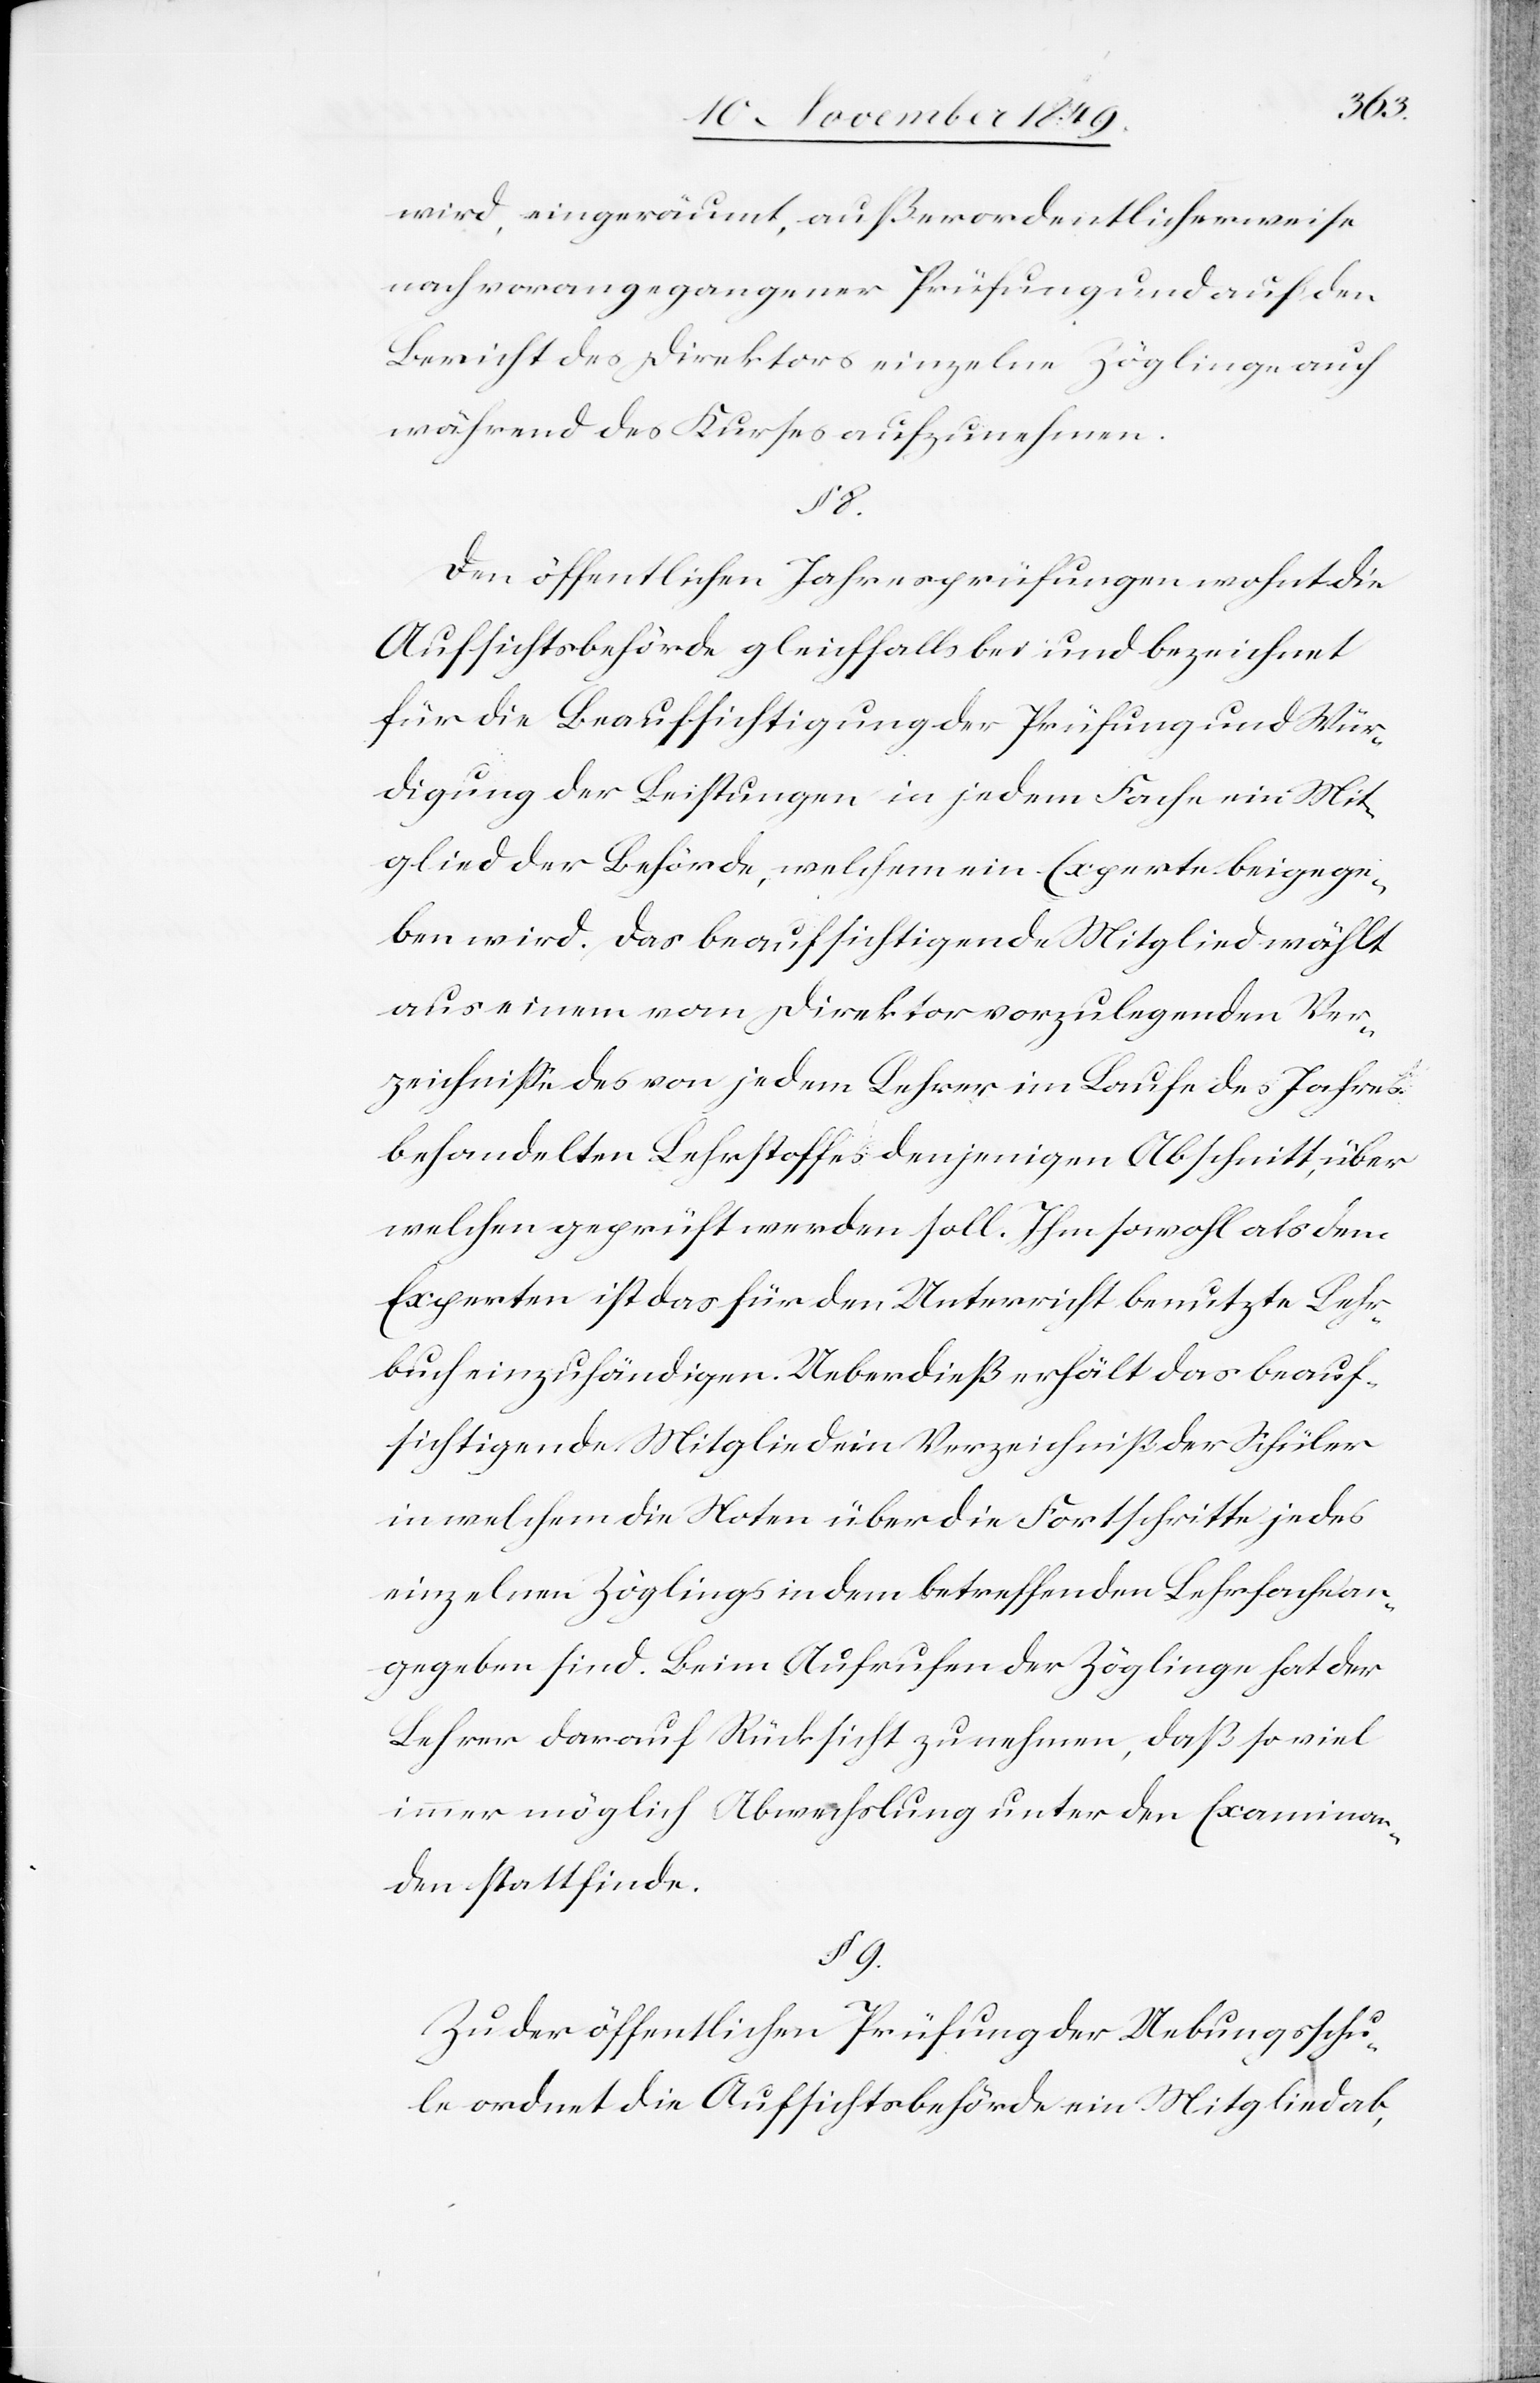
wird, eingeräumt, außerordentlicherweise
nach vorangegangener Prüfung auf den
Bericht des Direktors einzelne Zöglinge auch
während des Kurses aufzunehmen.
§ 8.
Den öffentlichen Jahresprüfungen wohnt die
Aufsichtsbehörde gleichfalls bei und bezeichnet
für die Beaufsichtigung der Prüfung und Wür¬
digung der Leistungen in jedem Fache ein Mit¬
glied der Behörde, welchem ein Experte beigege¬
ben wird. Das beaufsichtigende Mitglied wählt
aus einem vom Direktor vorzulegenden Ver¬
zeichniße des von jedem Lehrer im Laufe des Jahres
bejahenden Lehrstoffes denjenigen Abschnitt, über
welchen geprüft werden soll. Ihm sowohl als den
Experten ist das für den Unterricht benutzte Lehr¬
buch einzuhändigen. Ueberdieß erhält das beauf¬
sichtigende Mitglied ein Verzeichniß der Schüler
in welchem die Noten über die Fortschritte jedes
einzelnen Zöglings in dem betreffenden Lehrfache an¬
gegeben sind. Beim Aufrufen der Zöglinge hat der
Lehrer darauf Rücksicht zu nehmen, daß so viel
immer möglich Abwechslung unter den Examinan¬
den stattfinde.
§ 9.
Zu der öffentlichen Prüfung der Uebungsschu¬
le ordnet die Aufsichtsbehörde ein Mitglied ab,